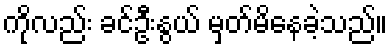
ကိုလည်း ခင်ဦးနွယ် မှတ်မိနေခဲ့သည်။